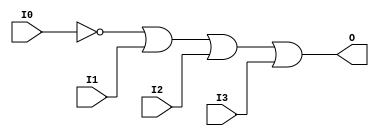
// $Header: /devl/xcs/repo/env/Databases/CAEInterfaces/xec_libs/data/unisims/OR4B1.v,v 1.1 2005/05/10 01:20:08 wloo Exp $

/*

FUNCTION	: 4-INPUT OR GATE

*/

`celldefine
`timescale  100 ps / 10 ps

module OR4B1 (O, I0, I1, I2, I3);

    output O;

    input  I0, I1, I2, I3;

    not N0 (i0_inv, I0);
    or O1 (O, i0_inv, I1, I2, I3);

endmodule